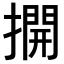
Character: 𢵱